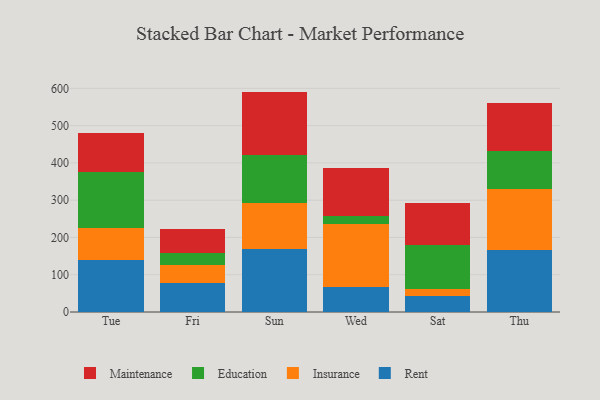
{"axis": {"x": "Day", "y": "Backlog"}, "legend": ["Education", "Insurance", "Maintenance", "Rent"], "data": [{"x": "Tue", "y": 139.7, "type": "Rent"}, {"x": "Tue", "y": 86.8, "type": "Insurance"}, {"x": "Tue", "y": 148.5, "type": "Education"}, {"x": "Tue", "y": 105.9, "type": "Maintenance"}, {"x": "Fri", "y": 77.7, "type": "Rent"}, {"x": "Fri", "y": 49.1, "type": "Insurance"}, {"x": "Fri", "y": 31.2, "type": "Education"}, {"x": "Fri", "y": 65.0, "type": "Maintenance"}, {"x": "Sun", "y": 169.6, "type": "Rent"}, {"x": "Sun", "y": 123.1, "type": "Insurance"}, {"x": "Sun", "y": 127.4, "type": "Education"}, {"x": "Sun", "y": 171.1, "type": "Maintenance"}, {"x": "Wed", "y": 66.5, "type": "Rent"}, {"x": "Wed", "y": 168.9, "type": "Insurance"}, {"x": "Wed", "y": 23.3, "type": "Education"}, {"x": "Wed", "y": 127.2, "type": "Maintenance"}, {"x": "Sat", "y": 42.1, "type": "Rent"}, {"x": "Sat", "y": 18.7, "type": "Insurance"}, {"x": "Sat", "y": 119.6, "type": "Education"}, {"x": "Sat", "y": 110.9, "type": "Maintenance"}, {"x": "Thu", "y": 165.0, "type": "Rent"}, {"x": "Thu", "y": 164.1, "type": "Insurance"}, {"x": "Thu", "y": 102.1, "type": "Education"}, {"x": "Thu", "y": 128.2, "type": "Maintenance"}]}